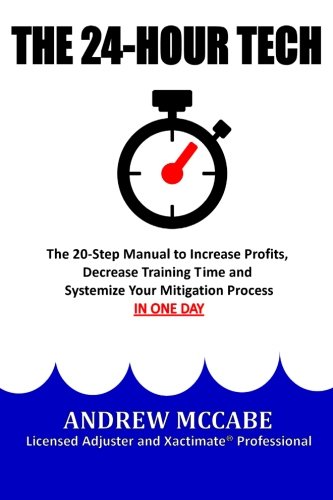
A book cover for The 24-Hour Tech: Increase Profits, Decrease Training Time and Systemize Your Mitigation Process (The Claim Clinic) (Volume 1); Andrew G McCabe; Education & Teaching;